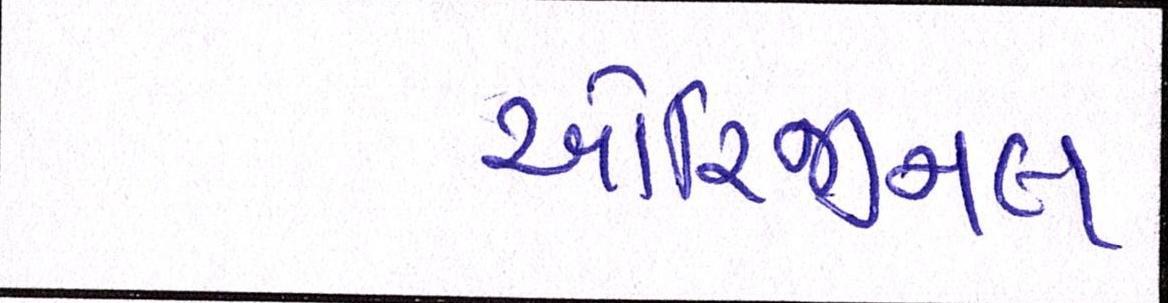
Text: ઓરિજીનલ